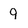
Character: 9